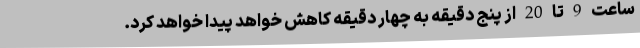
ساعت 9 تا 20 از پنج دقیقه به چهار دقیقه کاهش خواهد پیدا خواهد کرد.